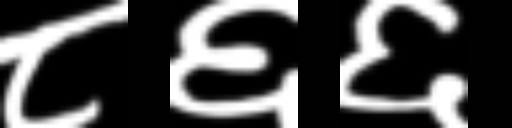
Text: ८६६